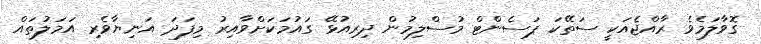
ގޮވާލަމެވެ ރާއްޖެއަކީ ސަތޭކަ ޕަސެންޓް މުސްލިމުން ދިރިއުޅޭ ގައުމަކަށްވާއިރު މިފަދަ އަނިޔާވެރި އަމަލުތައް